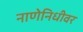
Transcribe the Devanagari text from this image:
नाणेनिधीवर